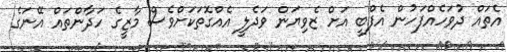
އެތައް ދުވަހެއްފަހުން އެފްބީ އަށް ޒެވިޔަން ވަދެލީ އެއްގޮތަކަށްވެސް މާޒީގެ ހަދާންތައް އޭނަގެ